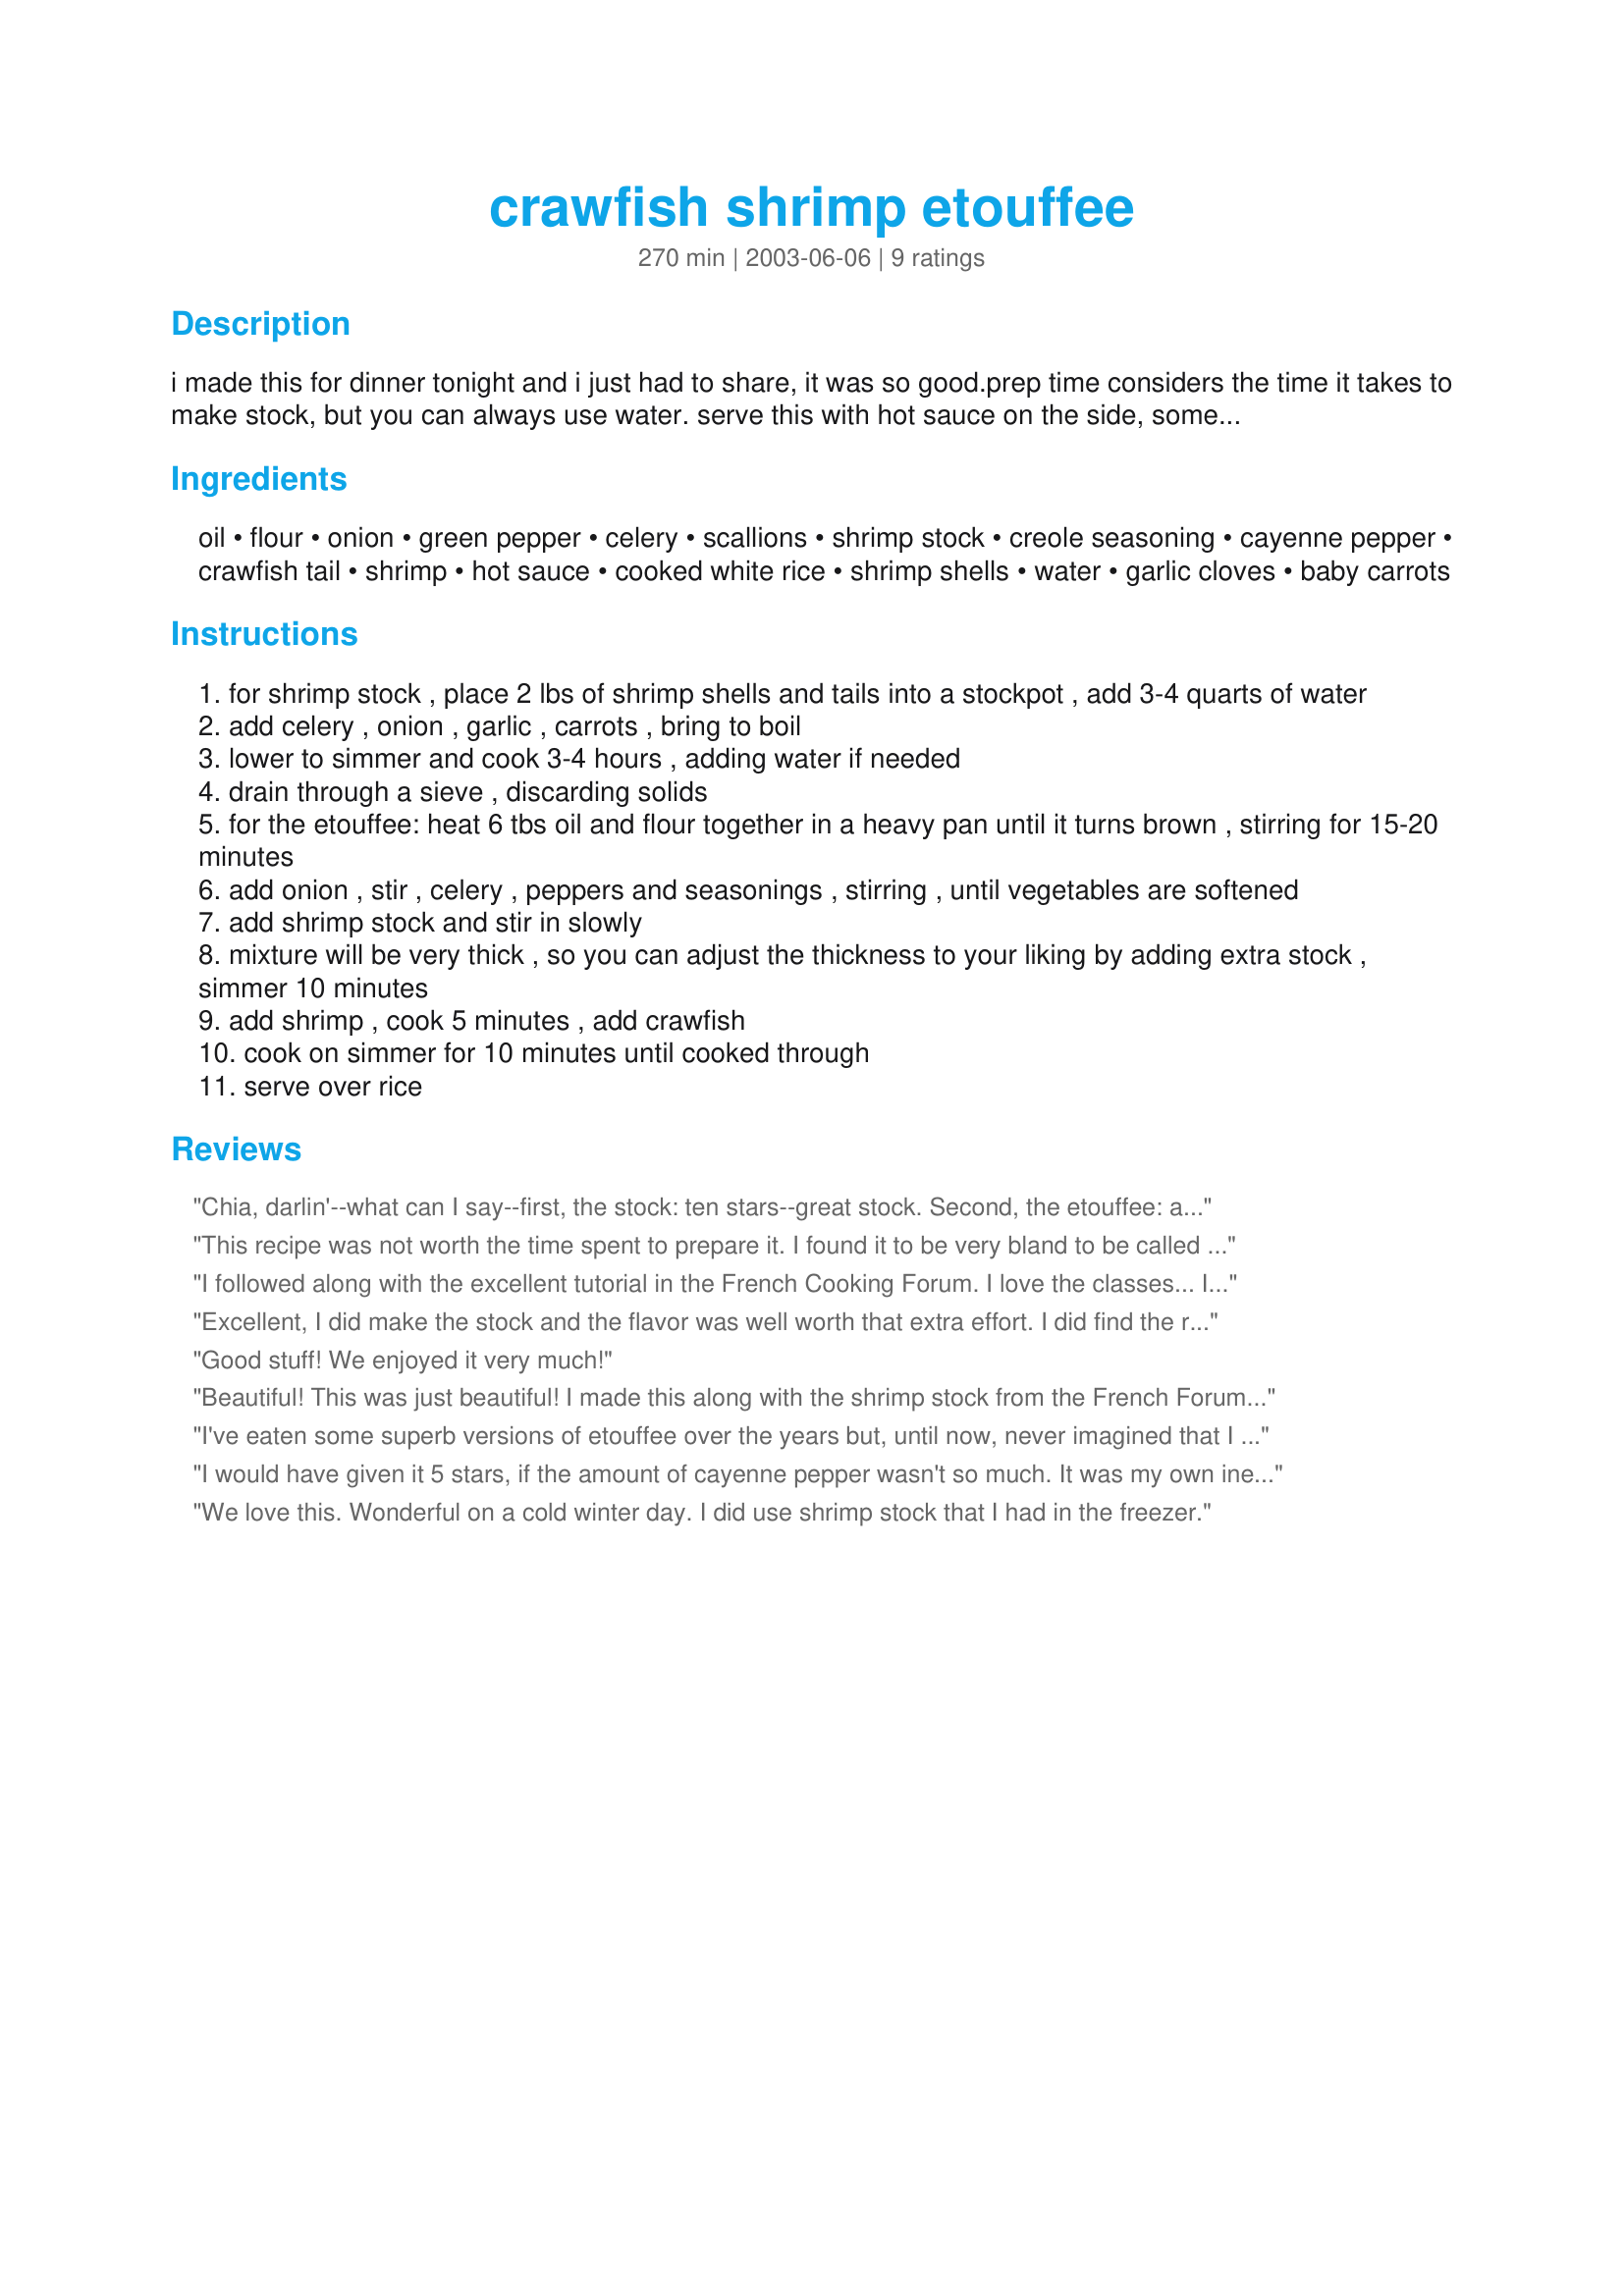
crawfish shrimp etouffee
Preparation time: 270 minutes

i made this for dinner tonight and i just had to share, it was so good.prep time considers the time it takes to make stock, but you can always use water. serve this with hot sauce on the side, some like it hot! you can also make this with crawfish only, as i did in this photo.

Ingredients:
oil, flour, onion, green pepper, celery, scallions, shrimp stock, creole seasoning, cayenne pepper, crawfish tail, shrimp, hot sauce, cooked white rice, shrimp shells, water, garlic cloves, baby carrots

Steps:
for shrimp stock , place 2 lbs of shrimp shells and tails into a stockpot , add 3-4 quarts of water
add celery , onion , garlic , carrots , bring to boil
lower to simmer and cook 3-4 hours , adding water if needed
drain through a sieve , discarding solids
for the etouffee: heat 6 tbs oil and flour together in a heavy pan until it turns brown , stirring for 15-20 minutes
add onion , stir , celery , peppers and seasonings , stirring , until vegetables are softened
add shrimp stock and stir in slowly
mixture will be very thick , so you can adjust the thickness to your liking by adding extra stock , simmer 10 minutes
add shrimp , cook 5 minutes , add crawfish
cook on simmer for 10 minutes until cooked through
serve over rice

Reviews:
Chia, darlin'--what can I say--first, the stock: ten stars--great stock. Second, the etouffee: absolutely terrific! Granted, it is necessary to exercise some restraint as to the seasoning--but maybe that's just me. This isa wonderful, totally authentic version of etouffee. Ten more stars!
This recipe was not worth the time spent to prepare it. I found it to be very bland to be called etouffee, and that disappointed me.I felt confident that it would be a good dish after reading the reviews, but it wasn't.
I followed along with the excellent tutorial in the French Cooking Forum. I love the classes... I always learn something. I appreciate you & Chef Kate taking the time to do these. Your photos & Kate's instructions resulted in the darkest roux I have ever made and a wonderful shrimp stock. :) The etouffee itself was terrific, very full bodied and full flavored. I used both shrimp & crawfish tails and served over rice. Thank you for another great meal!
Excellent, I did make the stock and the flavor was well worth that extra effort. I did find the recipe difficult to follow, I mean the ingredients for the stock and the rest of the recipe. Thanks Chia for another good recipe!
Good stuff! We enjoyed it very much!
Beautiful! This was just beautiful! I made this along with the shrimp stock from the French Forum's wonderful tutorial. The stock was lovely, so aromatic and flavorful! The roux was so incredibly rich and dark. The etouffee was fabulous...simply divine....as good as the ones I had in NOLA. I was thrilled! Thanks for a wonderful recipe!!!
I've eaten some superb versions of etouffee over the years but, until now, never imagined that I could replicate that true N'awlins taste at home. Not only was this dish restaurant-quality, it was downright simple to make!! A little time-consuming (especially since I did go all-out and do the shrimp stock), but virtually foolproof as long as you stir that roux religiously. A couple of family members aren't wild about crayfish, so I omitted that and doubled up on the shrimp. The only other changes I made were to cut the cayenne from 1 tsp. to 1/2 tsp. and use 2 T. of Creole seasoning instead of 3. We seriously love spicy foods, so I was just being a little cautious, fully expecting I'd need to go back later and add the rest. Well, NOT! The lesser amounts took it to the outer limits of my 'comfort zone' when it comes to heat, and I'm definitely not a wimp! We love Tony Cachere's but find it way too salty when used in large amounts, so I mixed up Kittencal's cajun seasoning (recipe #186029). Maybe Kitten's homemade version -- which was delicious, btw! -- packs a much bigger wallop than the commercial brands. At any rate, I just wanted to warn you to add the seasonings gradually instead of all at once. This stuff is too fabulous to risk messing up by getting heavy-
handed with the 'heat'. Kudos, chia. Humongous kudos!!
I would have given it 5 stars, if the amount of cayenne pepper wasn't so much. It was my own inexperience with the stuff that had me trusting the amounts, which was far to much for myself (and my poor kids). My husband, the hot sauce junkie loved it, but didn't need to add any hot sauce, it was definately hot enough on it's own. I'm not a lightweight myself and usually order Thai food a 5 out of 5 on the spice scale. 
All of that aside, it really was delicious, just too much cayenne. I'd cut it down to 1/8 - 1/4 tsp next time and let everyone adjust their own with hot sauce.
We love this. Wonderful on a cold winter day. I did use shrimp stock that I had in the freezer.
